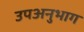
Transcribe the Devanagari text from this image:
उपअनुभाग